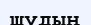
шудың